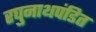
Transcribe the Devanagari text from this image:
रघुनाथपंडित